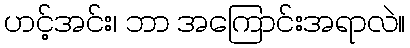
ဟင့်အင်း၊ ဘာ အကြောင်းအရာလဲ။